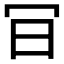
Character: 𠕾